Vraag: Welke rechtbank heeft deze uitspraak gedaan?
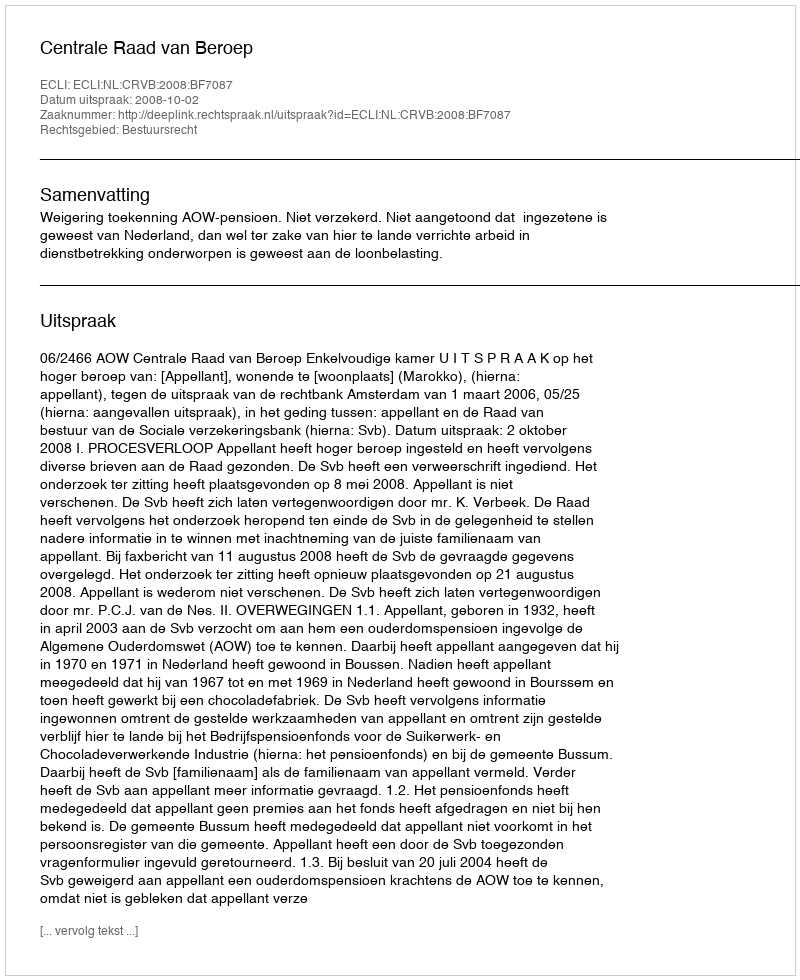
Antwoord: Centrale Raad van Beroep